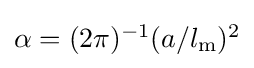
{\textstyle \alpha =(2\pi )^{-1}(a/l_{\rm {m}})^{2}}